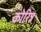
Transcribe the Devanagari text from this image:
कोरिन्न